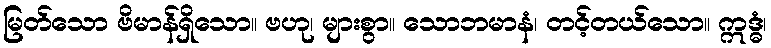
မြတ်သော ဗိမာန်ရှိသော။ ဗဟု၊ များစွာ။ သောဘမာနံ၊ တင့်တယ်သော။ ဣဒ္ဓံ၊